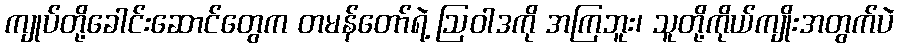
ကျုပ်တို့ခေါင်းဆောင်တွေက တမန်တော်ရဲ့ ဩဝါဒကို အကြဘူး၊ သူတို့ကိုယ်ကျိုးအတွက်ပဲ